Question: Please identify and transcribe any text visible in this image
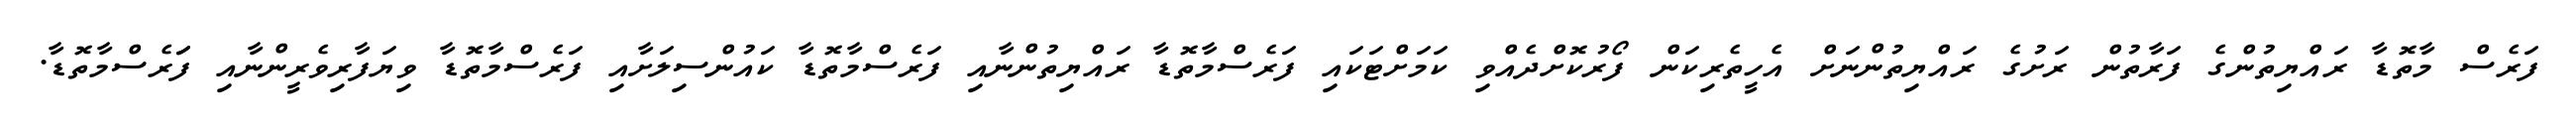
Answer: ފަރެސް މާތޮޑާ ރައްޔިތުންގެ ފަރާތުން ރަށުގެ ރައްޔިތުންނަށް އެހީތެރިކަން ފޯރުކޮށްދެއްވި ކަމަށްޓަކައި ފަރެސްމާތޮޑާ ރައްޔިތުންނާއި ފަރެސްމާތޮޑާ ކައުންސިލަށާއި ފަރެސްމާތޮޑާ ވިޔަފާރިވެރީންނާއި ފަަރެސްމާތޮޑާ.